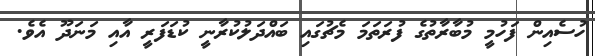
ހުސެއިން ފަހުމީ މުބާރާތުގެ ފުރަތަމަ މެޗުގައި ބައްދަލުކުރާނީ ކުޑަފަރީ އާއި މަނަދޫ އެވެ.